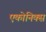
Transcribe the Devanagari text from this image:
एकोनिक्स